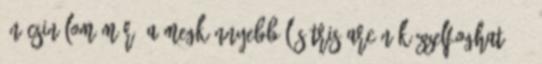
én csinálom már. A megkönnyebbülés Tris arcán kézzelfogható. –